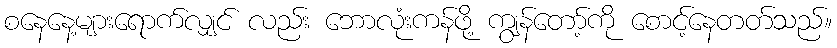
စနေနေ့များရောက်လျှင် လည်း ဘောလုံးကန်ဖို့ ကျွန်တော့်ကို စောင့်နေတတ်သည်။